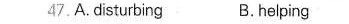
47.A,disturbing B. Hciping